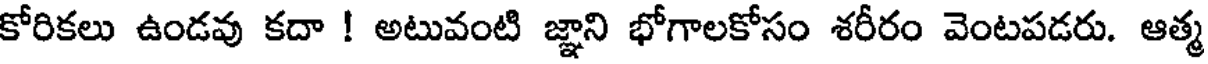
కోరికలు ఉండవు కదా ! అటువంటి జ్ఞాని భోగాలకోసం శరీరం వెంటపడరు. ఆత్మ